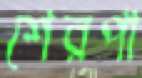
শেরপা